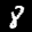
Label: 8